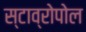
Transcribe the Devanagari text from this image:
स्टाव्रोपोल